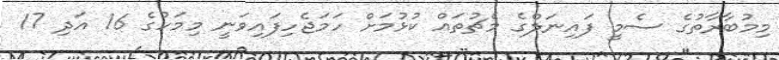
މިމުބާރާތުގެ ސެމީ ފައިނަލްގެ މެޗުތައް ކުޅުމަށް ހަމަޖެހިފައިވަނީ މިމަހުގެ 16 އަދި 17